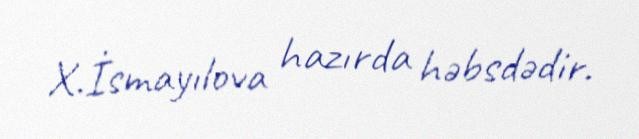
X.İsmayılova hazırda həbsdədir.